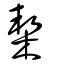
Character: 栔